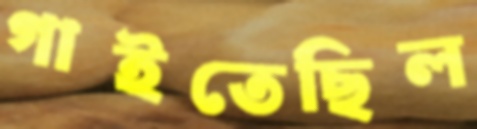
গাইতেছিল